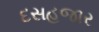
દસહજાર